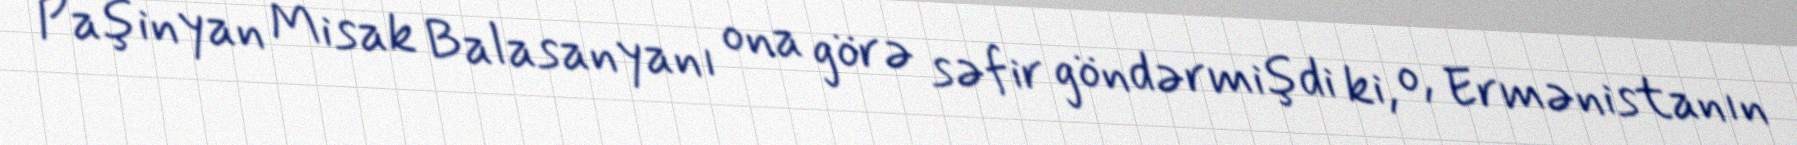
Paşinyan Misak Balasanyanı ona görə səfir göndərmişdi ki, o, Ermənistanın